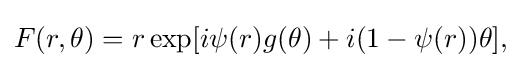
\displaystyle {F(r,\theta )=r\exp[i\psi (r)g(\theta )+i(1-\psi (r))\theta ],}